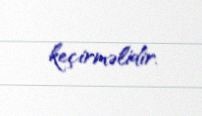
keçirməlidir.